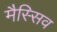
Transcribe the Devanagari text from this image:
मैस्सिव